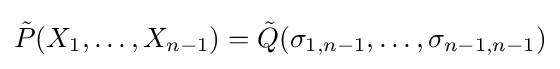
{\tilde {P}}(X_{1},\ldots ,X_{n-1})={\tilde {Q}}(\sigma _{1,n-1},\ldots ,\sigma _{n-1,n-1})